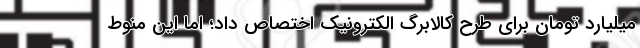
میلیارد تومان برای طرح کالابرگ الکترونیک اختصاص داد؛ اما این منوط